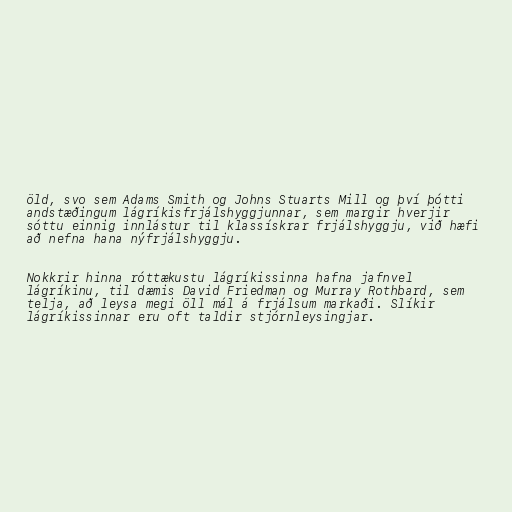
öld, svo sem Adams Smith og Johns Stuarts Mill og því þótti
andstæðingum lágríkisfrjálshyggjunnar, sem margir hverjir
sóttu einnig innlástur til klassískrar frjálshyggju, við hæfi
að nefna hana nýfrjálshyggju.

Nokkrir hinna róttækustu lágríkissinna hafna jafnvel
lágríkinu, til dæmis David Friedman og Murray Rothbard, sem
telja, að leysa megi öll mál á frjálsum markaði. Slíkir
lágríkissinnar eru oft taldir stjórnleysingjar.